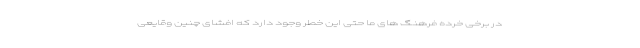
در برخی خرده فرهنگ های ما حتی این خطر وجود دارد که افشای چنین وقایعی